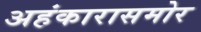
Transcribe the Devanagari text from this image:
अहंकारासमोर